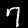
Digit: 7